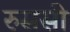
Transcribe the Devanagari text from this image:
रुससी